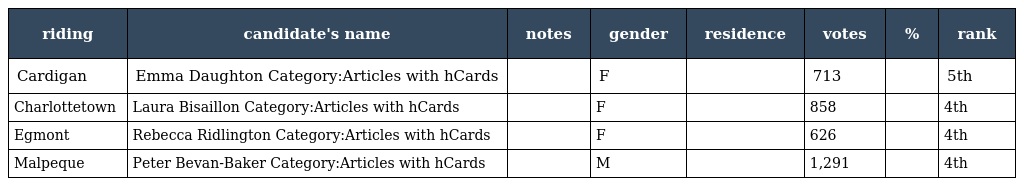
| riding | candidate's name | notes | gender | residence | votes | % | rank |
 | --- | --- | --- | --- | --- | --- | --- | --- |
 | Cardigan | Emma Daughton Category:Articles with hCards |  | F |  | 713 |  | 5th |
 | Charlottetown | Laura Bisaillon Category:Articles with hCards |  | F |  | 858 |  | 4th |
 | Egmont | Rebecca Ridlington Category:Articles with hCards |  | F |  | 626 |  | 4th |
 | Malpeque | Peter Bevan-Baker Category:Articles with hCards |  | M |  | 1,291 |  | 4th |